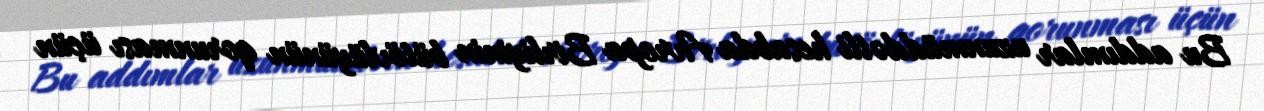
Bu addımlar uzunmüddətli hesabda Avropa Birliyinin bütövlüyünün qorunması üçün